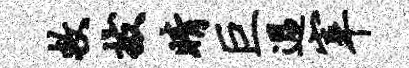
救拔睛巨过宰